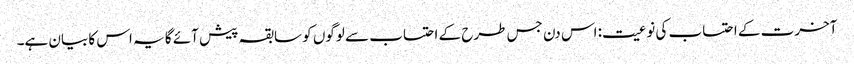
آخرت کے احتساب کی نوعیت: اس دن جس طرح کے احتساب سے لوگوں کو سابقہ پیش آئے گا یہ اس کا بیان ہے۔